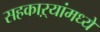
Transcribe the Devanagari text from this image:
सहकाऱ्यांमध्ये